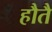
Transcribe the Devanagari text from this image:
हौतै